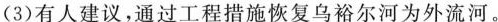
(3)有人建议，通过工程措施恢复乌裕尔河为外流河。